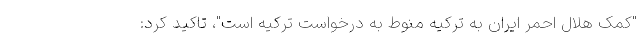
"کمک هلال احمر ایران به ترکیه منوط به درخواست ترکیه است"، تاکید کرد: